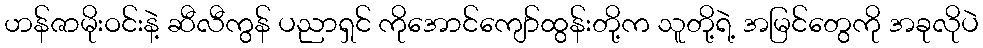
ဟန်ဇာမိုးဝင်းနဲ့ ဆီလီကွန် ပညာရှင် ကိုအောင်ကျော်ထွန်းတို့က သူတို့ရဲ့ အမြင်တွေကို အခုလိုပဲ